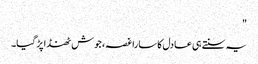
"
یہ سنتے ہی عادل کا سارا غصہ، جوش ٹھنڈا پڑ گیا۔